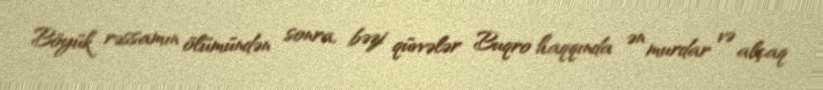
Böyük rəssamın ölümündən sonra, bəzi qüvvələr Buqro haqqında ən murdar və alçaq